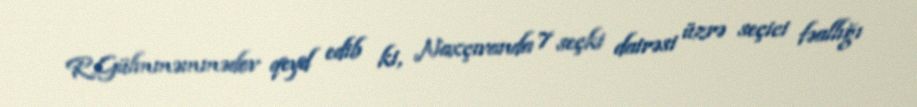
R.Gülmməmmədov qeyd edib ki, Naxçıvanda 7 seçki dairəsi üzrə seçici fəallığı